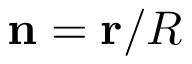
\mathbf { n } = \mathbf { r } / R